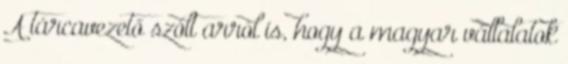
A tárcavezető szólt arról is, hogy a magyar vállalatok